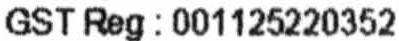
GST REG : 001125220352